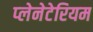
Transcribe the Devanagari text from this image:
प्‍लेनेटेरियम